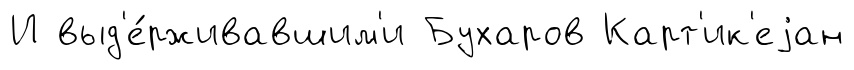
И выд'е́рживавшим'и Бухаров Карт'ик'еjан